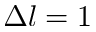
\Delta l = 1